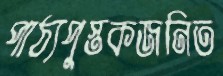
পাঠ্যপুস্তকজনিত